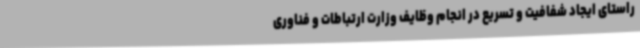
راستای ایجاد شفافیت و تسریع در انجام وظایف وزارت ارتباطات و فناوری